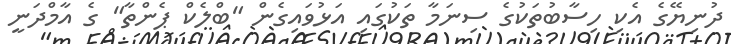
ދުނިޔޭގެ އެކި ހިސާބުތަކުގެ ސިނަމާ ތަކުގައި އަޅުވައިގެން "ބްލެކް ޕެންތާ" ގެ އާމްދަނީ